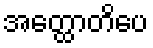
အတ္ထောတိပေ